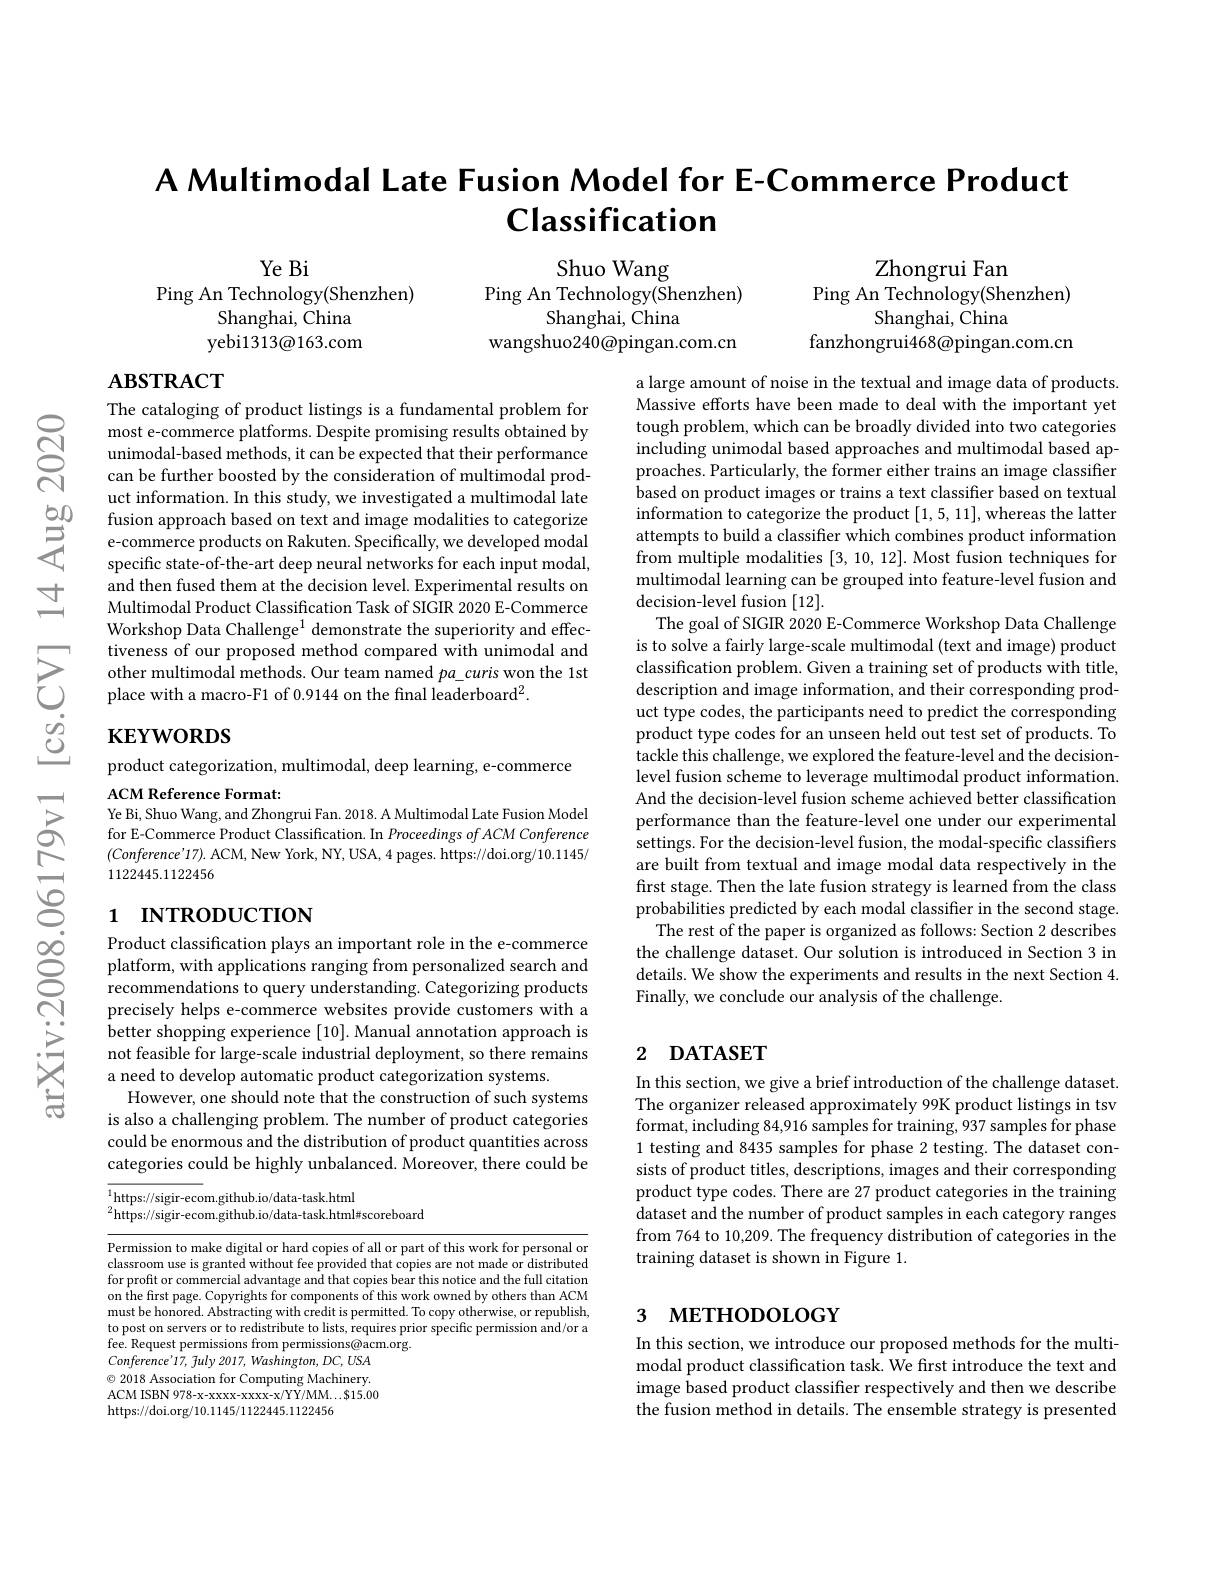
# A Multimodal Late Fusion Model for E-Commerce Product $\textbf{Classification}$

Ye Bi
Ping An Technology(Shenzhen)
Shanghai, China yebi$1313\textcircled{a}163.$com

Shuo Wang
Ping An Technology(Shenzhen)
Shanghai, China
wangshuo240@pingan.com.cn

Zhongrui Fan
Ping An Technology(Shenzhen)
Shanghai, China
fanzhongrui468@pingan.com.cn

$\mathbf{ABSTRACT}$

The cataloging of product listings is a fundamental problem for most e-commerce platforms. Despite promising results obtained by unimodal-based methods, it can be expected that their performance can be further boosted by the consideration of multimodal product information. In this study, we investigated a multimodal late fusion approach based on text and image modalities to categorize e-commerce products on Rakuten. Specifically, we developed modal specific state-of-the-art deep neural networks for each input modal, and then fused them at the decision level. Experimental results on Multimodal Product Classification Task of SIGIR 2020 E-Commerce Workshop Data Challenge$^{1}$ demonstrate the superiority and effec-
$\sum$ tiveness of our proposed method compared with unimodal and other multimodal methods. Our team named $pa_{- }curis$ won the 1st $\text{place with a macro- F1 of 0. 9144 on the final leaderboard}^{2}.$

a large amount of noise in the textual and image data of products. Massive efforts have been made to deal with the important yet tough problem, which can be broadly divided into two categories including unimodal based approaches and multimodal based approaches. Particularly, the former either trains an image classifier based on product images or trains a text classifier based on textual information to categorize the product [1,5,11],whereas the latter attempts to build a classifer which combines product information from multiple modalities [3,10,12]. Most fusion techniques for multimodal learning can be grouped into feature-level fusion and decision-level fusion [12].
The goal of SIGIR 2020 E-Commerce Workshop Data Challenge is to solve a fairly large-scale multimodal (text and image) product classification problem. Given a training set of products with title, description and image information, and their corresponding product type codes, the participants need to predict the corresponding product type codes for an unseen held out test set of products. To tackle this challenge, we explored the feature-level and the decisionlevel fusion scheme to leverage multimodal product information And the decision-level fusion scheme achieved better classification performance than the feature-level one under our experimental settings. For the decision-level fusion, the modal-specific classifiers are built from textual and image modal data respectively in the first stage. Then the late fusion strategy is learned from the class probabilities predicted by each modal classifer in the second stage.
The rest of the paper is organized as follows: Section 2 describes the challenge dataset. Our solution is introduced in Section 3 in details. We show the experiments and results in the next Section 4. Finally, we conclude our analysis of the challenge.

# $\mathbf{KEYWORDS}$

product categorization, multimodal, deep learning, e-commerce

ACM Reference Format:
Ye Bi, Shuo Wang, and Zhongrui Fan. 2018. A Multimodal Late Fusion Model for E-Commerce Product Classification. In Proceedings of ACM Conference (Conference'17). ACM, New York, NY, USA, 4 pages. https://doi.org/10.1145/ 1122445.1122456

# 1 INTRODUCTION

## 2 DATASET

$\begin{array}{lll}\infty&\text{Product classification plays an import}\end{array}$
precisely helps e-commerce websites provide customers with a better shopping experience [10]. Manual annotation approach is not feasible for large-scale industrial deployment, so there remains a need to develop automatic product categorization systems.
However, one should note that the construction of such systems is also a challenging problem. The number of product categories could be enormous and the distribution of product quantities across categories could be highly unbalanced. Moreover, there could be

In this section, we give a brief introduction of the challenge dataset. The organizer released approximately 99K product listings in tsv format, including 84,916 samples for training, 937 samples for phase 1 testing and 8435 samples for phase 2 testing. The dataset consists of product titles, descriptions, images and their corresponding product type codes. There are 27 product categories in the training dataset and the number of product samples in each category ranges from 764 to 10,209. The frequency distribution of categories in the training dataset is shown in Figure 1.

$^{1}\underset{2}{\operatorname*{https:}}//$sigir-ecom.github.io/data-task.html
$^{2}$https://sigir-ecom.github.io/data-task.html#scoreboard

# 3 метнорогобү

Permission to make digital or hard copies of all or part of this work for personal or classroom use is granted without fee provided that copies are not made or distributed for profit or commercial advantage and that copies bear this notice and the full citation on the first page. Copyrights for components of this work owned by others than ACM must be honored. Abstracting with credit is permitted. To copy otherwise, or republish, to post on servers or to redistribute to lists, requires prior specific permission and/or a fee. Request permissions from permissions@acm.org.
$Conference'17$, July 2017, Washington, DC, USA $\textcircled{\circ}$ 2018 Association for Computing Machinery. ACM ISBN 978-x-xxxx-xxxx-x/YY/MM...$15.00 https://doi.org/10.1145/1122445.1122456

In this section, we introduce our proposed methods for the multimodal product classification task. We first introduce the text and image based product classifier respectively and then we describe the fusion method in details. The ensemble strategy is presented